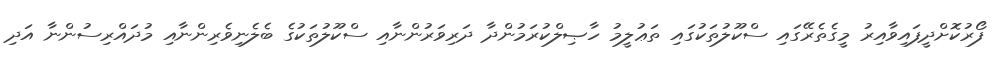
ފޯރުކޮށްދީފައިވާއިރު މީގެތެރޭގައި ސްކޫލުތަކުގައި ތަޢުލީމު ހާޞިލްކުރަމުންދާ ދަރިވަރުންނާއި ސްކޫލުތަކުގެ ބެލެނިވެރިންނާއި މުދައްރިސުންނާ އަދި